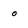
Character: o